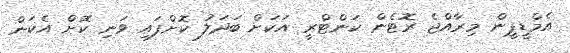
އެމްޑީޕީން މިރާއްޖެ ރޮޓެން ކަންޓްރީ އަކަށް ބަދަލު ކޮށްފައި ވަނި ކޮށް އެކަން